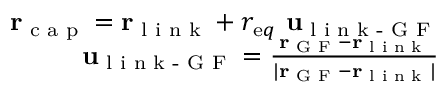
\begin{array} { r } { { \bf r } _ { \textrm { c a p } } = { \bf r } _ { \textrm { l i n k } } + r _ { { \textrm e q } } \ { \bf u } _ { \textrm { l i n k - G F } } } \\ { { \bf u } _ { \textrm { l i n k - G F } } = \frac { { \bf r } _ { \textrm { G F } } - { \bf r } _ { \textrm { l i n k } } } { | { \bf r } _ { \textrm { G F } } - { \bf r } _ { \textrm { l i n k } } | } } \end{array}